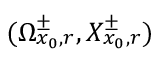
( \Omega _ { x _ { 0 } , r } ^ { \pm } , X _ { x _ { 0 } , r } ^ { \pm } )